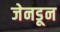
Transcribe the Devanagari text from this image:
जेनडून